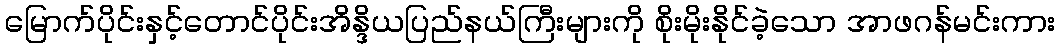
မြောက်ပိုင်းနှင့်တောင်ပိုင်းအိန္ဒိယပြည်နယ်ကြီးများကို စိုးမိုးနိုင်ခဲ့သော အာဖဂန်မင်းကား